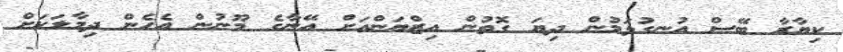
ކިޔާރާ ބޭސް އުނގުޅަމުން ދިޔަ ގޮތުން އިޒްޔަންއަށް އޭނާގެ މޫނުން އެހެން ދިމާލަކަށް